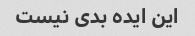
این ایده بدی نیست